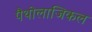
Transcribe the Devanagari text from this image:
पैथोलाजिकल